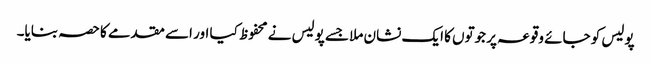
پولیس کو جائے وقوعہ پر جوتوں کا ایک نشان ملا جسے پولیس نے محفوظ کیا اور اسے مقدمے کا حصہ بنایا۔